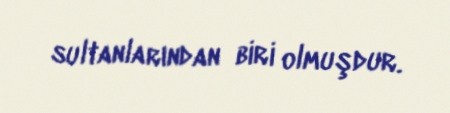
sultanlarından biri olmuşdur.